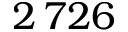
2 \, 7 2 6